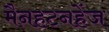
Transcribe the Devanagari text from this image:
मैनहटनहेंज